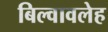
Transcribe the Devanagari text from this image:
बिल्वावलेह